Annual statistical returns and brief notes on vaccination in Bengal - 1909-1929
Year: 1909
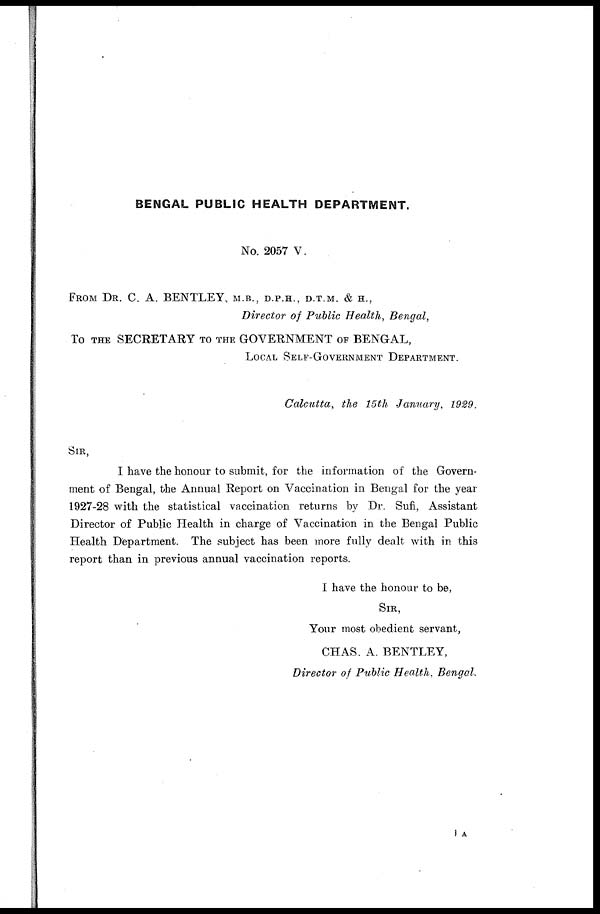
BENGAL PUBLIC HEALTH DEPARTMENT.
No. 2057 V.
FROM DR. C. A. BENTLEY, M.B., D.P.H., D.T.M. & H.,
Director of Public Health, Bengal,
To THE SECRETARY TO THE GOVERNMENT OF BENGAL,
LOCAL SELF-GOVERNMENT DEPARTMENT.
Calcutta, the 15th January, 1929.
SIR,
I have the honour to submit, for the information of the Govern-
ment of Bengal, the Annual Report on Vaccination in Bengal for the year
1927-28 with the statistical vaccination returns by Dr. Sufi, Assistant
Director of Public Health in charge of Vaccination in the Bengal Public
Health Department. The subject has been more fully dealt with in this
report than in previous annual vaccination reports.
I have the honour to be,
SIR,
Your most obedient servant,
CHAS. A. BENTLEY,
Director of Public Health, Bengal.
1 A